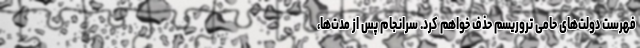
فهرست دولت‌های حامی تروریسم حذف خواهم کرد. سرانجام پس از مدت‌ها،